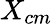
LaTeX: X_{cm}